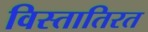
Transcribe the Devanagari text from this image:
विस्तातिरत